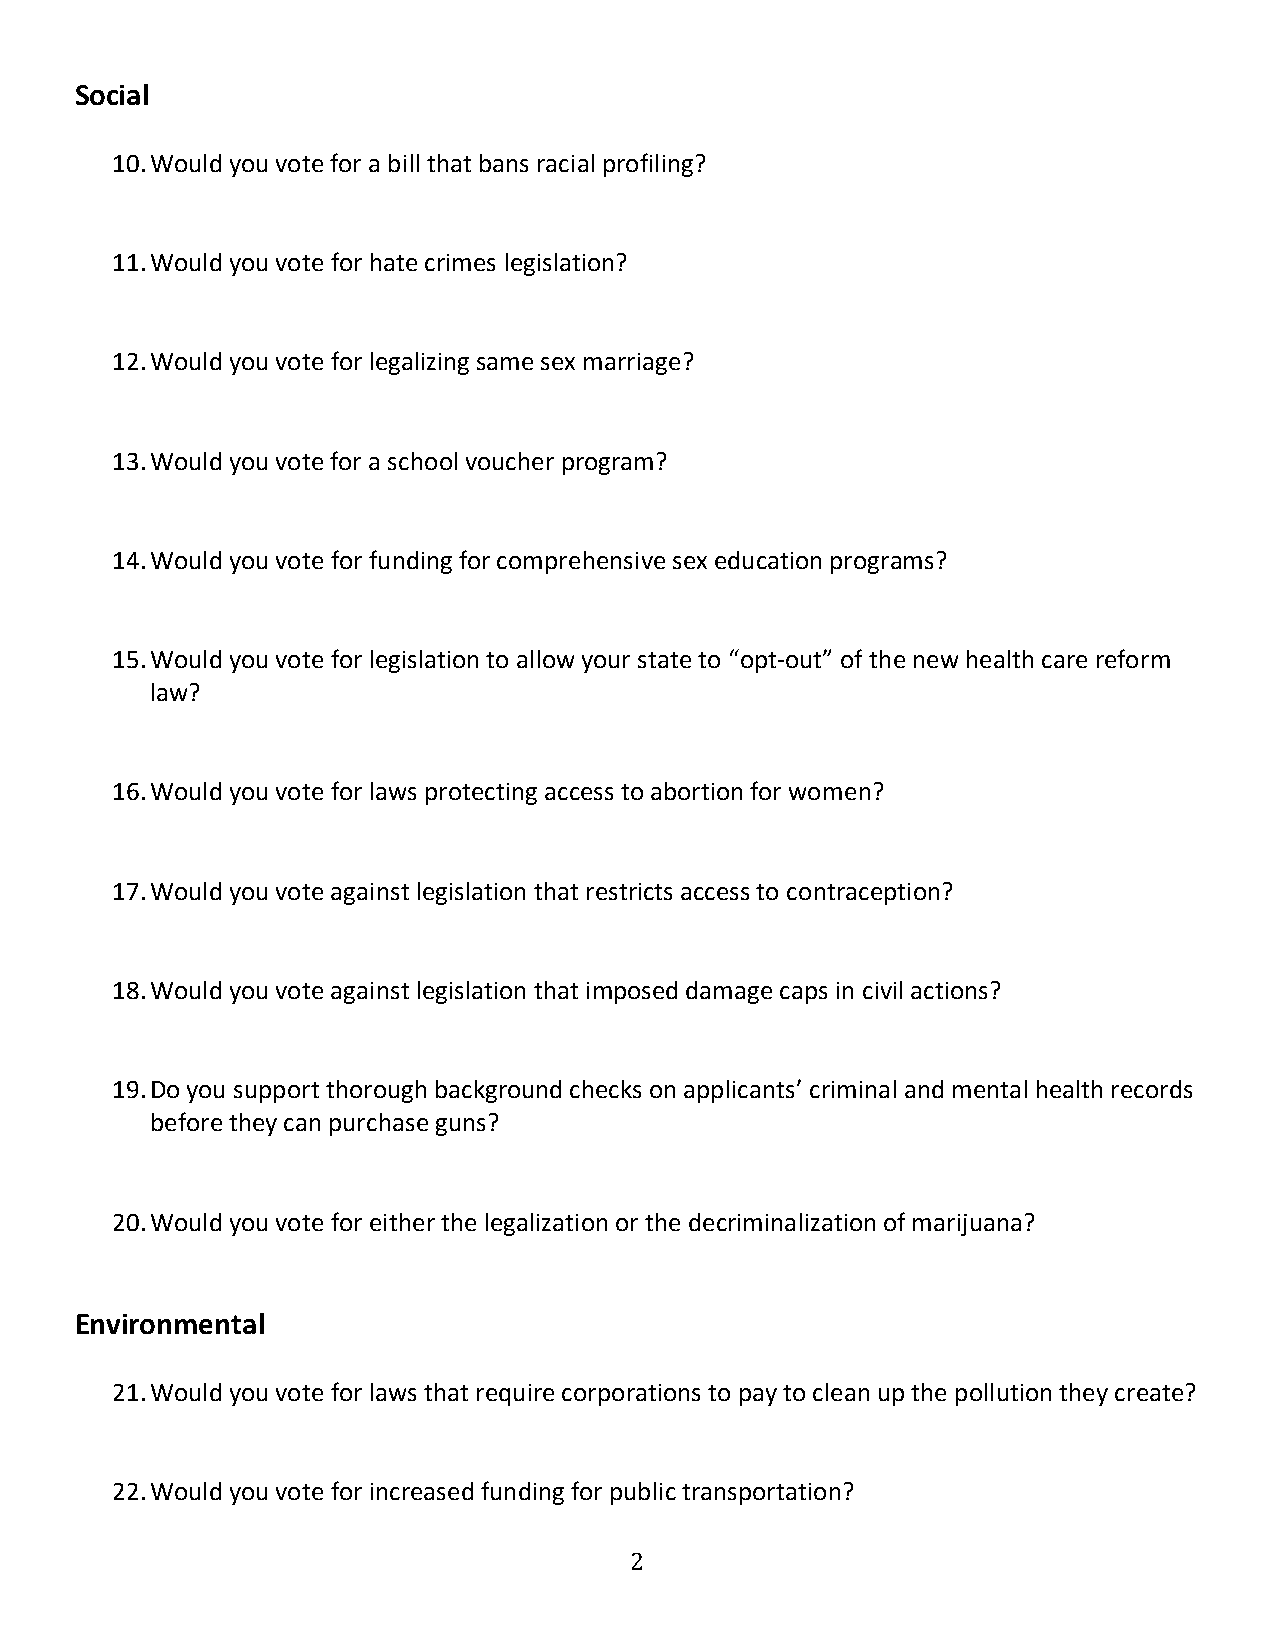
Social
 10. Would you vote for a bill that bans racial profiling?
 11. Would you vote for hate crimes legislation?
 12. Would you vote for legalizing same sex marriage?
 13. Would you vote for a school voucher program?
 14. Would you vote for funding for comprehensive sex education programs?
 15. Would you vote for legislation to allow your state to “opt-out” of the new health care reform
 law?
 16. Would you vote for laws protecting access to abortion for women?
 17. Would you vote against legislation that restricts access to contraception?
 18. Would you vote against legislation that imposed damage caps in civil actions?
 19. Do you support thorough background checks on applicants’ criminal and mental health records
 before they can purchase guns?
 20. Would you vote for either the legalization or the decriminalization of marijuana?
 Environmental
 21. Would you vote for laws that require corporations to pay to clean up the pollution they create?
 22. Would you vote for increased funding for public transportation?
 2